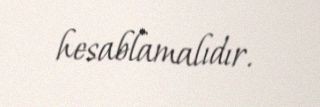
hesablamalıdır.